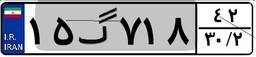
۱۵گ۷۱۸۴۲